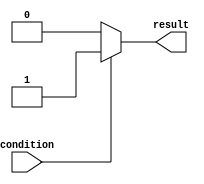
module if_else_example (
    input wire condition,
    output reg result
);

always @(*) begin
    if (condition == 1) begin
        result = 1;
    end
    else if (condition == 2) begin
        result = 2;
    end
    else if (condition == 3) begin
        result = 3;
    end
    else begin
        result = 0;
    end
end

endmodule